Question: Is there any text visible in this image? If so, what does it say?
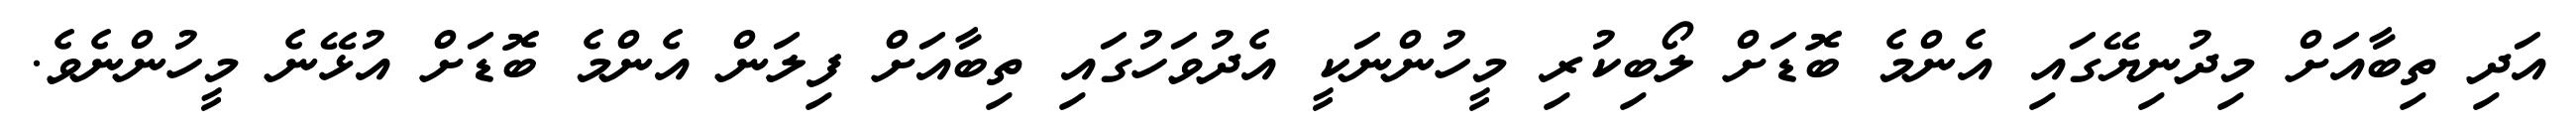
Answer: އަދި ތިބާއަށް މިދުނިޔޭގައި އެންމެ ބޮޑަށް ލޯބިކުރި މީހުންނަކީ އެދުވަހުގައި ތިބާއަށް ފިލަން އެންމެ ބޮޑަށް އުޅޭނެ މީހުންނެވެ.